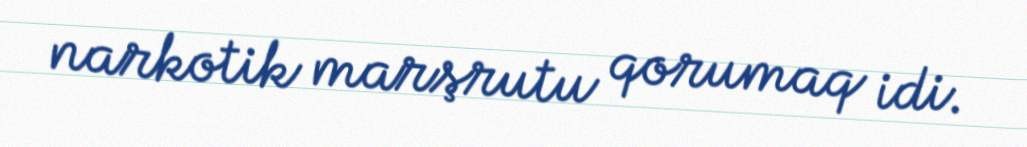
narkotik marşrutu qorumaq idi.